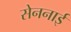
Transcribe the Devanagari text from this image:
सेननाई